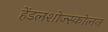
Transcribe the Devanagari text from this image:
हेंडलशोज्स्कोलन